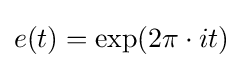
e(t)={\rm {exp}}(2\pi \cdot it)